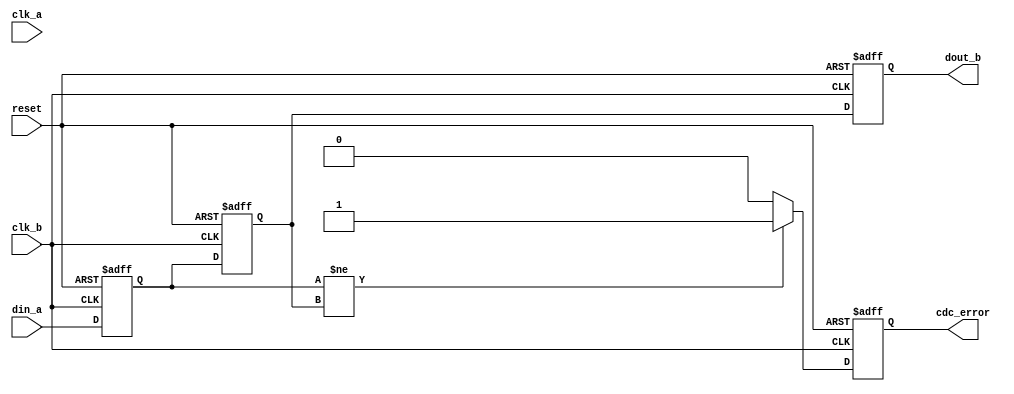
module cdc_detector #(
    parameter WIDTH = 1 // Width of the input signal
)(
    input wire clk_a,          // Clock domain A
    input wire clk_b,          // Clock domain B
    input wire reset,          // Asynchronous reset
    input wire [WIDTH-1:0] din_a, // Input signal from clock domain A
    output reg cdc_error,      // CDC error flag
    output reg [WIDTH-1:0] dout_b // Synchronized output signal in clock domain B
);

    // Internal signals for synchronization
    reg [WIDTH-1:0] sync_stage1;
    reg [WIDTH-1:0] sync_stage2;

    // Synchronization process in clock domain B
    always @(posedge clk_b or posedge reset) begin
        if (reset) begin
            sync_stage1 <= 0;
            sync_stage2 <= 0;
            dout_b <= 0;
            cdc_error <= 0;
        end else begin
            // First stage of synchronization
            sync_stage1 <= din_a;

            // Second stage of synchronization
            sync_stage2 <= sync_stage1;

            // Output the synchronized signal
            dout_b <= sync_stage2;

            // Error detection logic
            if (sync_stage1 != sync_stage2) begin
                cdc_error <= 1'b1; // Set error flag if a change is detected
            end else begin
                cdc_error <= 1'b0; // Clear error flag if no change
            end
        end
    end

endmodule